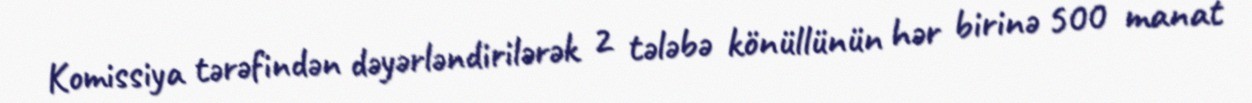
Komissiya tərəfindən dəyərləndirilərək 2 tələbə könüllünün hər birinə 500 manat